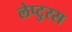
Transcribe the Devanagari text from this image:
लेप्टुरस